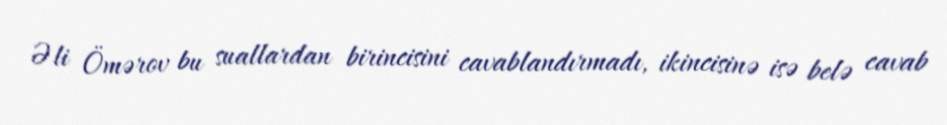
Əli Ömərov bu suallardan birincisini cavablandırmadı, ikincisinə isə belə cavab